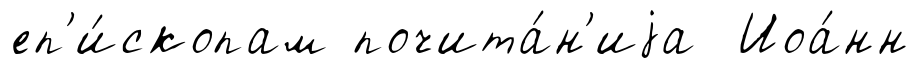
еп'и́скопам почита́н'иjа Иоа́нн